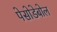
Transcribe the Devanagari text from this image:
पेसोडेबोल